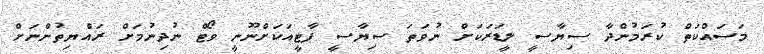
މަސައްކަތް ކުރަމުންދާ ސިޔާސީ ލީޑަރަކަށް ނުވަތަ ސިޔާސީ ޕާޓީއަކަށްނޫނީ ވޯޓް ނުދިނުމަށް ރައްޔިތުންނަށް